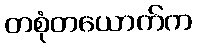
တစုံတယောက်က